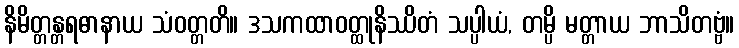
နိမိတ္တန္တရဓာနာယ သံဝတ္တတိ။ ဒသကထာဝတ္ထုနိဿိတံ သပ္ပါယံ, တမ္ပိ မတ္တာယ ဘာသိတဗ္ဗံ။